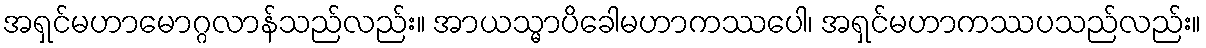
အရှင်မဟာမောဂ္ဂလာန်သည်လည်း။ အာယသ္မာပိခေါမဟာကဿပေါ၊ အရှင်မဟာကဿပသည်လည်း။